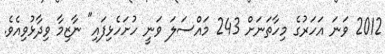
2012 ވަނަ އަހަރުގެ މިހާތަނަށް 243 މައްސަލަ ވަނީ ހުށަހެޅިފައި" ނާޒިމާ ވިދާޅުވިއެވެ.